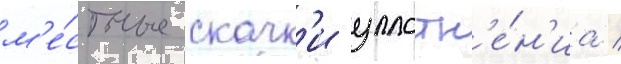
м'е́стные скачк'и уплотн'е́н'иа /